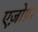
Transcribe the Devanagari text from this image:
एज़ोफ़